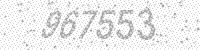
Solution: 967553